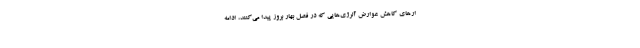
ار‌های کاهش عوارض آلرژی‌هایی که در فصل بهار بروز پیدا می‌کنند، ادامه